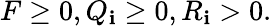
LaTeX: F\geq0,Q_{\mathbf{i}}\geq0,R_{\mathbf{i}}>0.